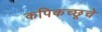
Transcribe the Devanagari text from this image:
कपिकच्छूचे